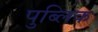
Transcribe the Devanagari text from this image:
पुब्लिक